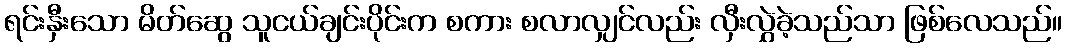
ရင်းနှီးသော မိတ်ဆွေ သူငယ်ချင်းပိုင်းက စကား စလာလျှင်လည်း လှီးလွှဲခဲ့သည်သာ ဖြစ်လေသည်။